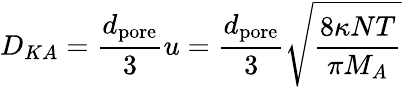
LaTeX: D_{KA}={\frac{d_{\mathrm{pore}}}{3}}u={\frac{d_{\mathrm{pore}}}{3}}{\sqrt{\frac{8\kappa NT}{\pi M_{A}}}}